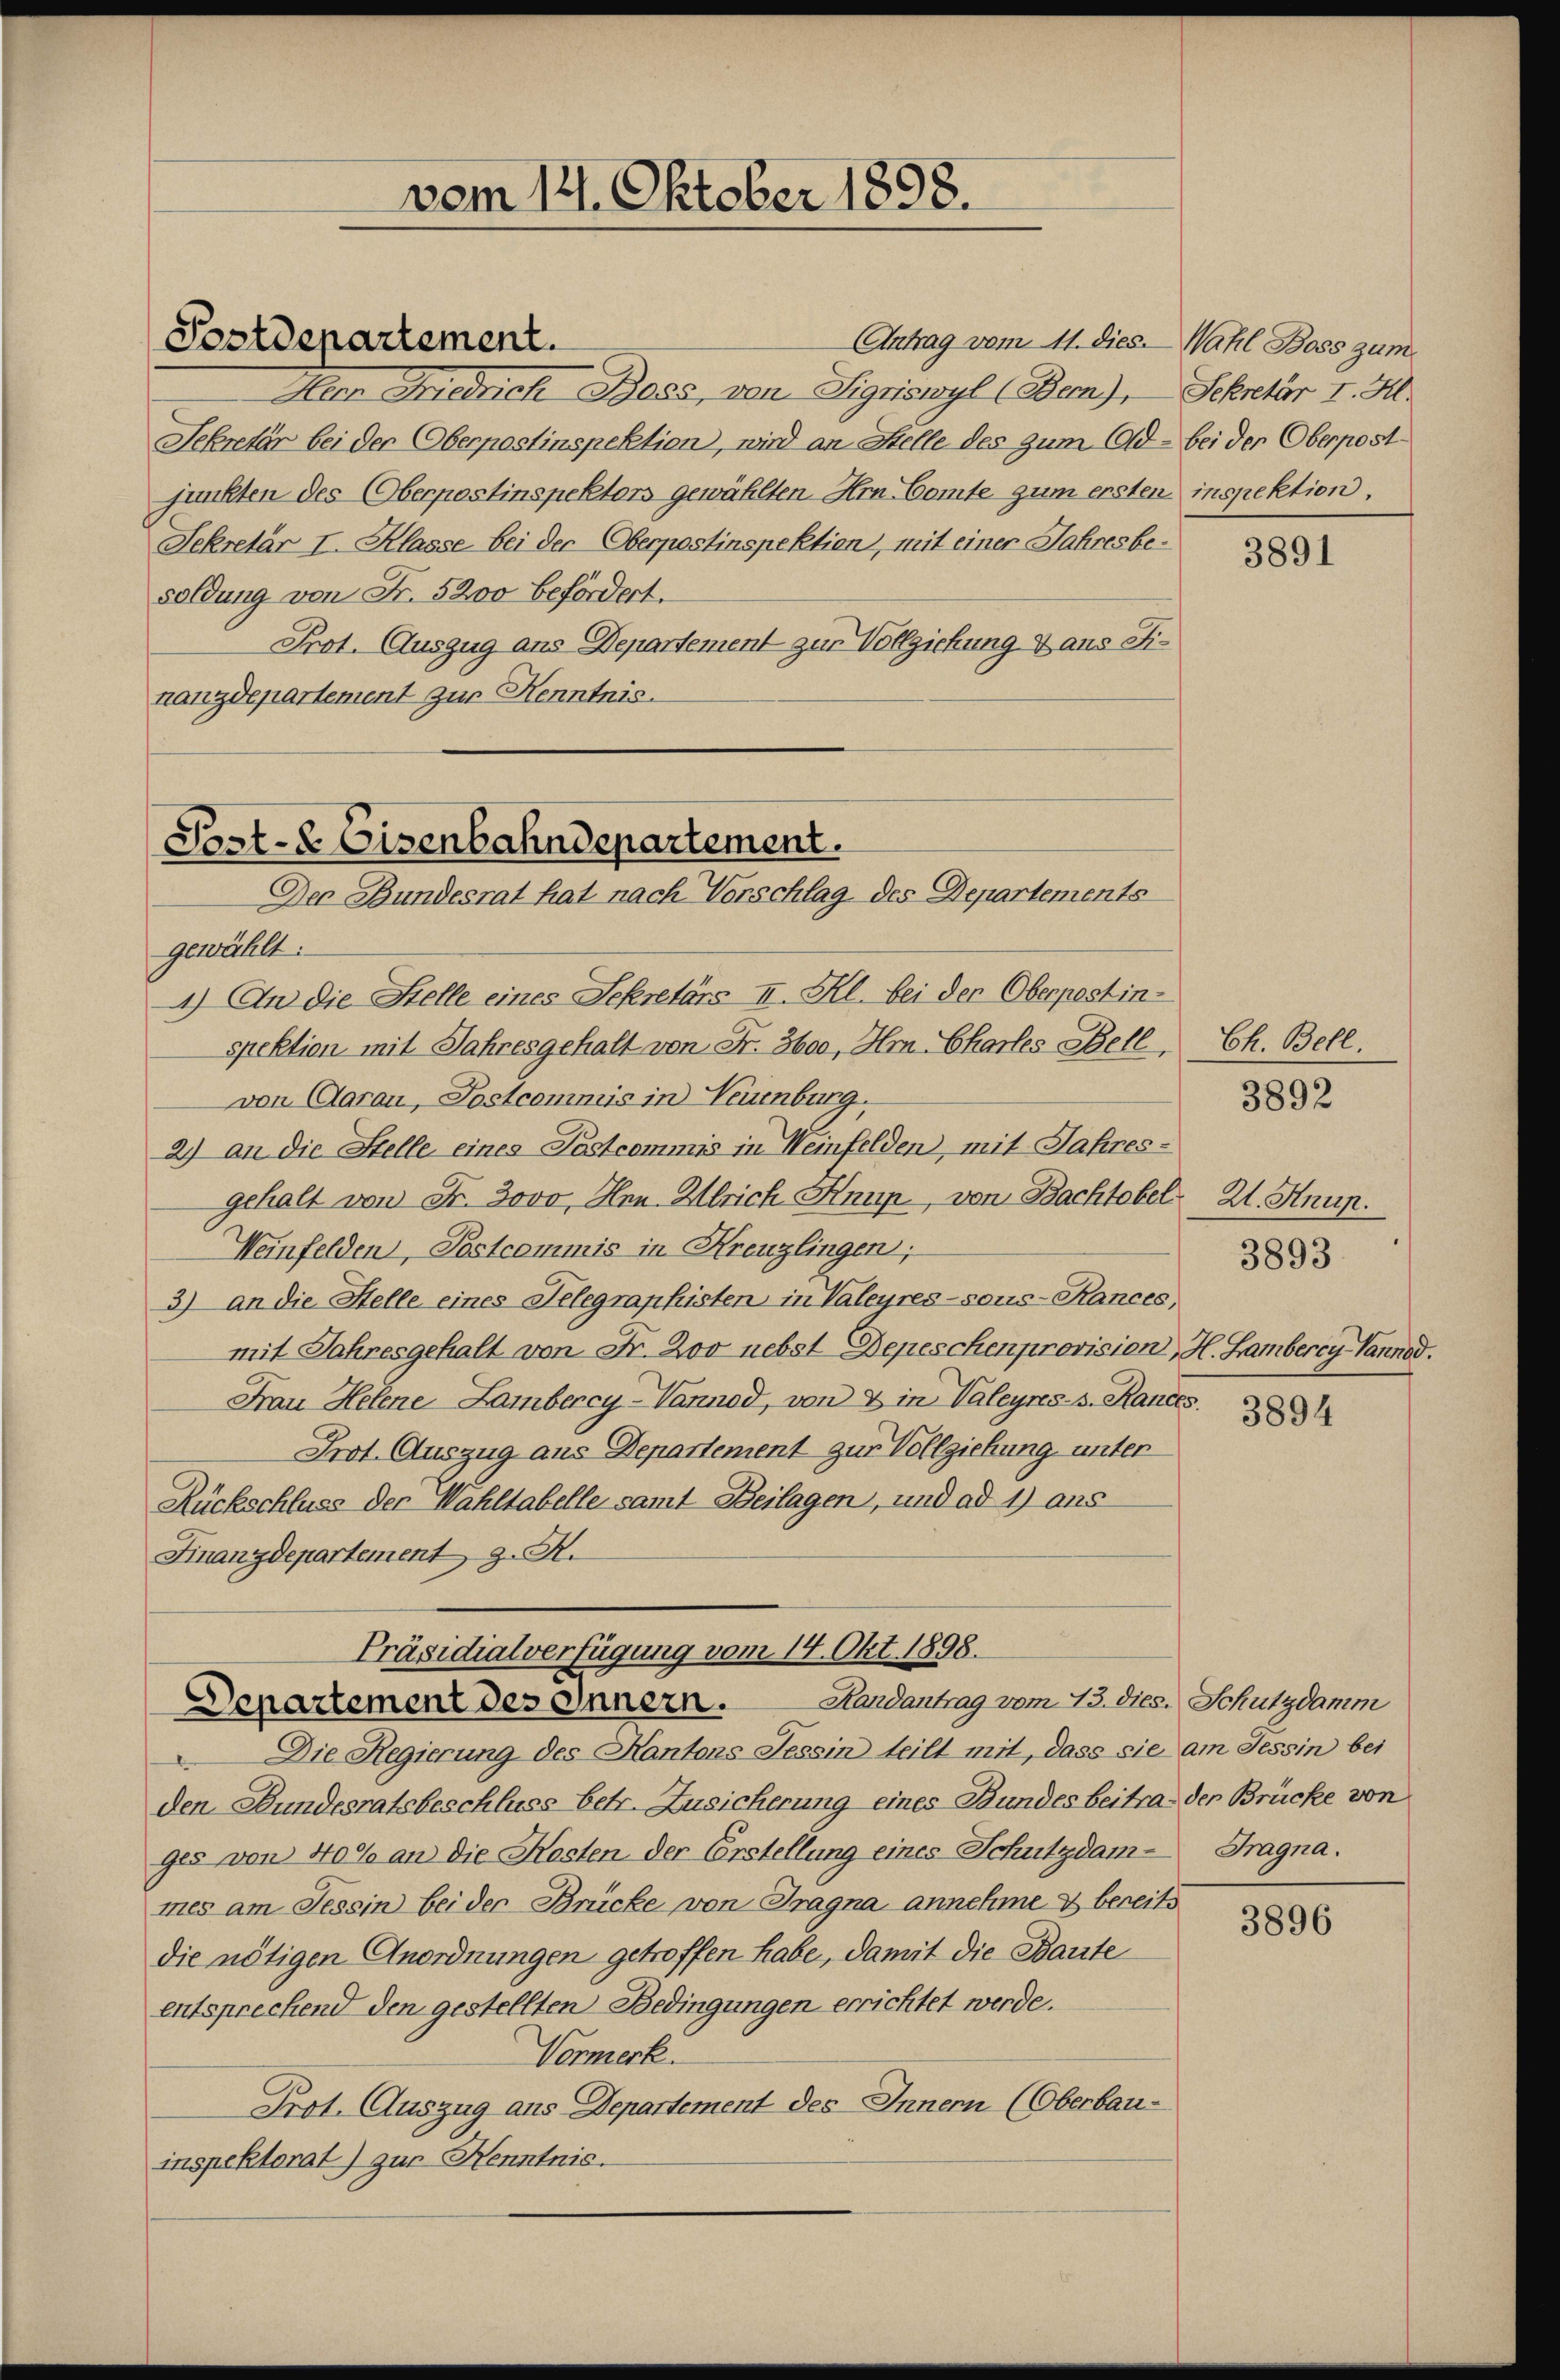
Aemn Friedrich Boss, von Sigriswyl (Bern), Sekretär v. M.
Sekretär bei der Oberpostinspektion, wird an Stelle des zum Od- bei den Oberpost-
junkten des Oberpostinspektors gewählten Hrn. Comte zum ersten
Sekretär I. Klasse bei der Oberpostinspektien, mit einer Jahresbesoldung von Fr. 5200 befördert.
Prot. Auszug ans Departement zur Vollzickung & aus Finanzdepartement zur Kenntnis.

Postdepartement.

vem 14. Oktober 1898.

Post- & Eisenbahndepartement.
Der Bundesrat hat nach Vorschlag des Departements

Antrag vom 11. dies Wahl Boss zum

gewählt:
4) An die Stelle eines Sekretärs II. Kl. bei der Oberpestin-
spektion mit Jahresgehalt von Fr. 3600, Hm Charles Bell
von Aarau, Postcommis in Neuenburg.
2) an die Stelle eines Postcommis in Weinfelden, mit Jahresgehalt von Fr. 3000, Hrn. Ulrich Knup., von Bachtobel 21. Hnup.
Weinfelden, Postcommis in Kreuzlingen:
3) an die Stelle eines Telegraphisten in Valeyres-sous-Rances,
mit Jahresgehalt von Fr. Zoo nebst Depeschenprovisien, H. Hamberey Hannod.
Frau Helene Lambercy-Vannod, von & in Valeyres s. Randes.
Prot. Auszug aus Departement zur Vollziehung unter
Rückschluss der Wahltabelle samt Beilagen, und ad 1) ans
Finanzdepartement z. R.
Präsidialverfügung vom 14. Okt. 1898.
Denartement des Innern. Handantrag vom 13. dies. Schutzdamm
Die Regierung des Kantons Tessin teilt mit, dass sie am Tessin bei
den Bundesratsbeschluss betr. Zusicherung eines Bundes beitra, der Brücke von
ges von 40% an die Masten der Erstellung eines Schutzdam- Tragna.
mes am Tessin bei der Brücke von Tragna annehme & bereits
die nötigen Anordnungen getroffen habe, damit die Baute
entsprechend den gestellten Bedingungen errichtet werde.
Vormerk.
Prot. Auszug aus Departement des Innern (Oberbau-
inspektorat) zur Kenntnis.

inspektion.

3891

Ch. Bell.
3892

3893

3894

3896